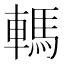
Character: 𨎇